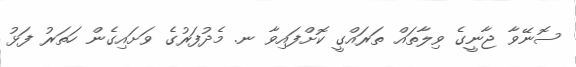
ސޮނޭވާ ޖާނީގެ ވިލާތައް ތަރައްގީ ކޮށްފައިވާ ނ. މެދުފަރުގެ ވަށައިގެން ހަތަރު ފަޅު